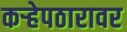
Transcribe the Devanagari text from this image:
कऱ्हेपठारावर